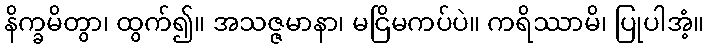
နိက္ခမိတွာ၊ ထွက်၍။ အသဇ္ဇမာနာ၊ မငြိမကပ်ပဲ။ ကရိဿာမိ၊ ပြုပါအံ့။